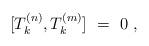
LaTeX: \begin{align*} [ T^{(n)}_k , T^{(m)}_k ]\ = \ 0 \ ,\end{align*}